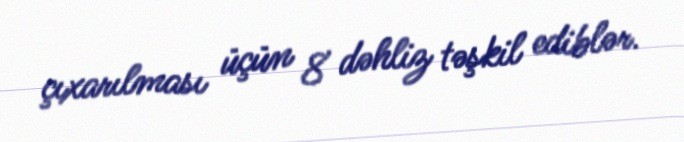
çıxarılması üçün 8 dəhliz təşkil ediblər.